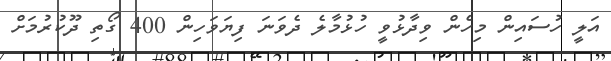
އަލީ ހުސައިން މިހެން ވިދާޅުވީ ހުޅުމާލެ ދެވަނަ ފިޔަވަހިން 400 ގޯތި ދޫކުރުމަށް